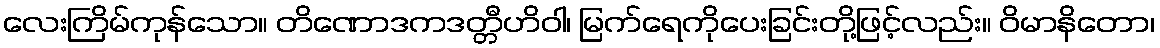
လေးကြိမ်ကုန်သော။ တိဏောဒကဒတ္တီဟိဝါ၊ မြက်ရေကိုပေးခြင်းတို့ဖြင့်လည်း။ ဝိမာနိတော၊